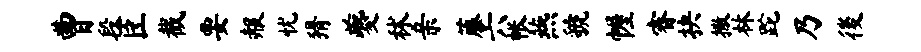
曹段臣截要赧忧猾夔秫亲藤六帐燕虢幄睿抉撒林跎乃後